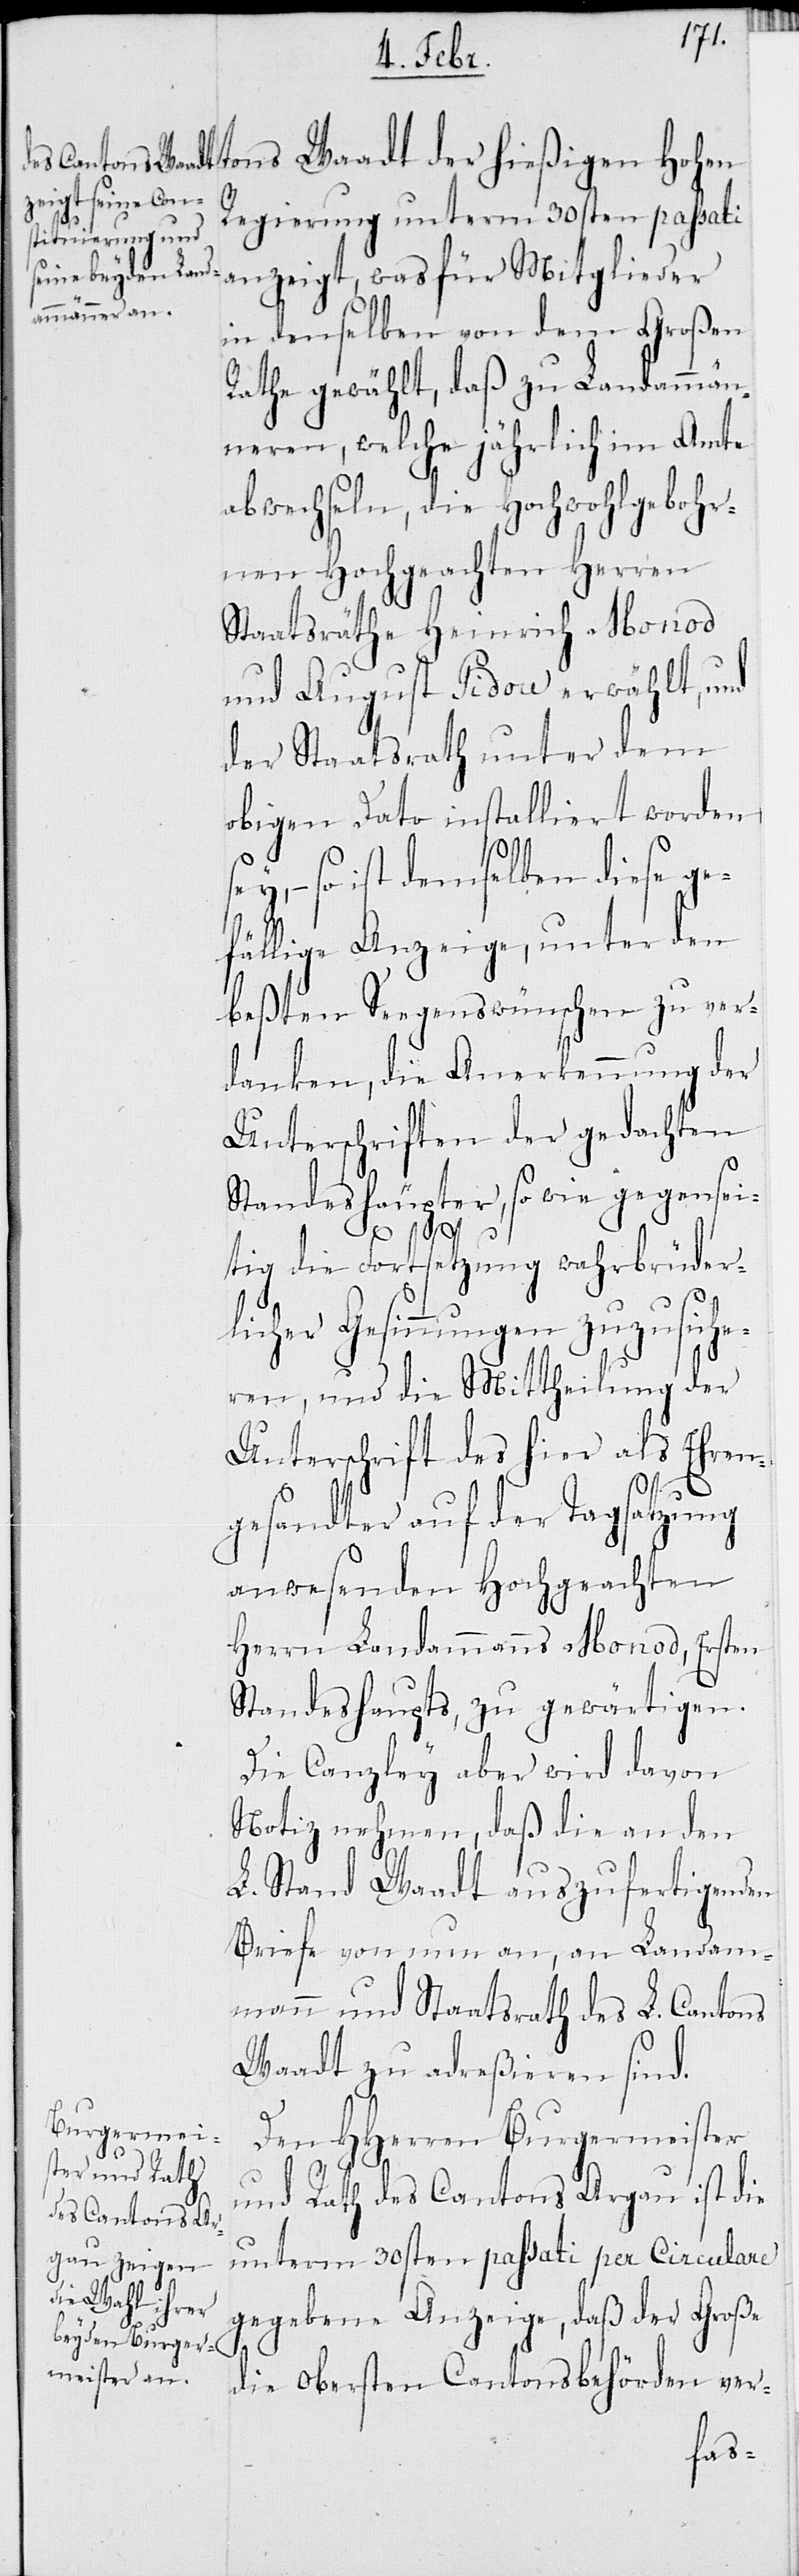
tons Waadt der hießigen Hohen
Regierung unter dem 30sten passati
in denselben von dem großen
Rathe gewählt, daß zu Landammän¬
neren, welche jährlich im Amte
abwechseln, die Hochwohlgebohr¬
nen Hochgeachten Herren
Staatsräthe Heinrich Monod
und August Pidou erwählt, und
der Staatsrath unter dem
obigem Dato installiert worden
– so ist demselben diese ge¬
fällige Anzeige, unter den
beßten Seegenswünschen zu ver¬
danken, die Anerkennung der
Unterschriften der gedachten
Standeshäupter, so wie gegensei¬
tig die Fortsetzung wahrbrüder¬
licher Gesinnungen zuzusiche¬
ren, und die Mittheilung der
Unterschrift des hier als Ehren¬
Mitglieder
gesandter auf der Tagsatzung
anwesenden Hochgeachten
Herrn Landammanns Monod, Ersten
Standeshaupts, zu gewärtigen.
Die Canzley aber wird davon
Notiz nehmen, daß die an den
L. Stand Waadt auszufertigenden
Briefe von nun an, an Landam¬
mann und Staatsrath des L. Cantons
Waadt zu adreßieren sind.
Den HHerren Burgermeister
und Rath des Cantons Argau ist die
unterm 30sten passati per Circulare
gegebene Anzeige, daß der Große
die obersten Cantonsbehörden ver-